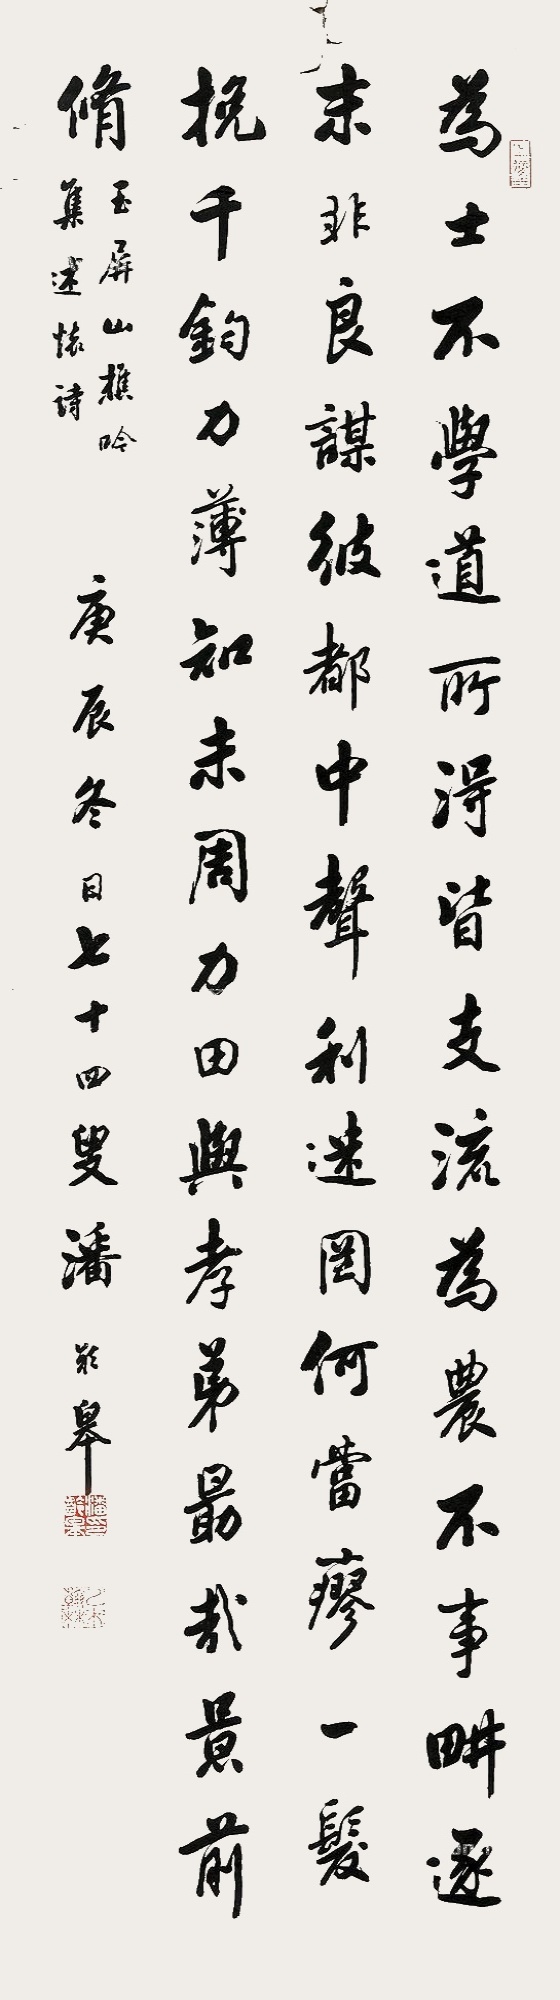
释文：为士不学道所得皆支流，为农不事畊逐末非良谋，彼都中声利，彼都中声利，迷罔何当瘳，一发挽千钧，力薄知未周，力田与孝弟，勖哉景前修。玉屏山樵吟集述怀诗庚辰冬日七十四叟潘龄皋